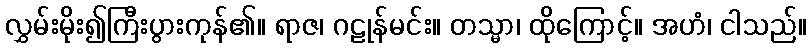
လွှမ်းမိုး၍ကြီးပွားကုန်၏။ ရာဇ၊ ဂဠုန်မင်း။ တသ္မာ၊ ထိုကြောင့်။ အဟံ၊ ငါသည်။